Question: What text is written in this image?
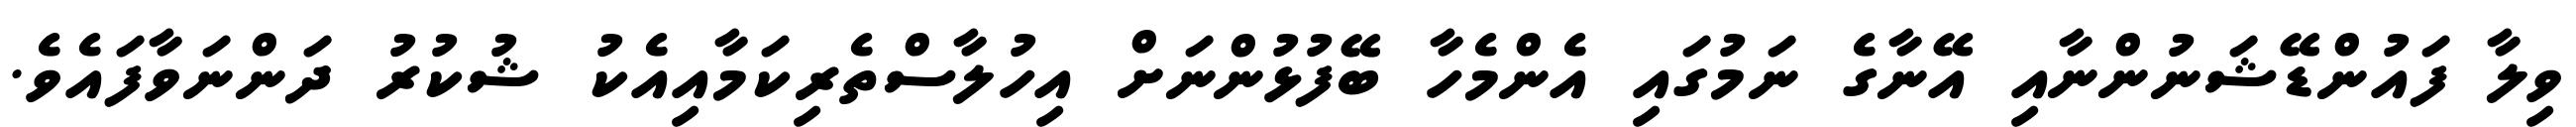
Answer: ވިލާ ފައުންޑޭޝަނުންނާއި އޭނާގެ ނަމުގައި އެންމެހާ ބޭފުޅުންނަށް އިހުލާސްތެރިކަމާއިއެކު ޝުކުރު ދަންނަވާފައެވެ.